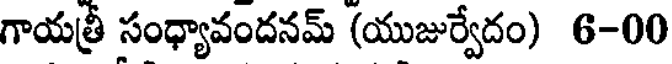
గాయత్రీ సంధ్యావందనమ్ (యుజుర్వేదం) 6-00